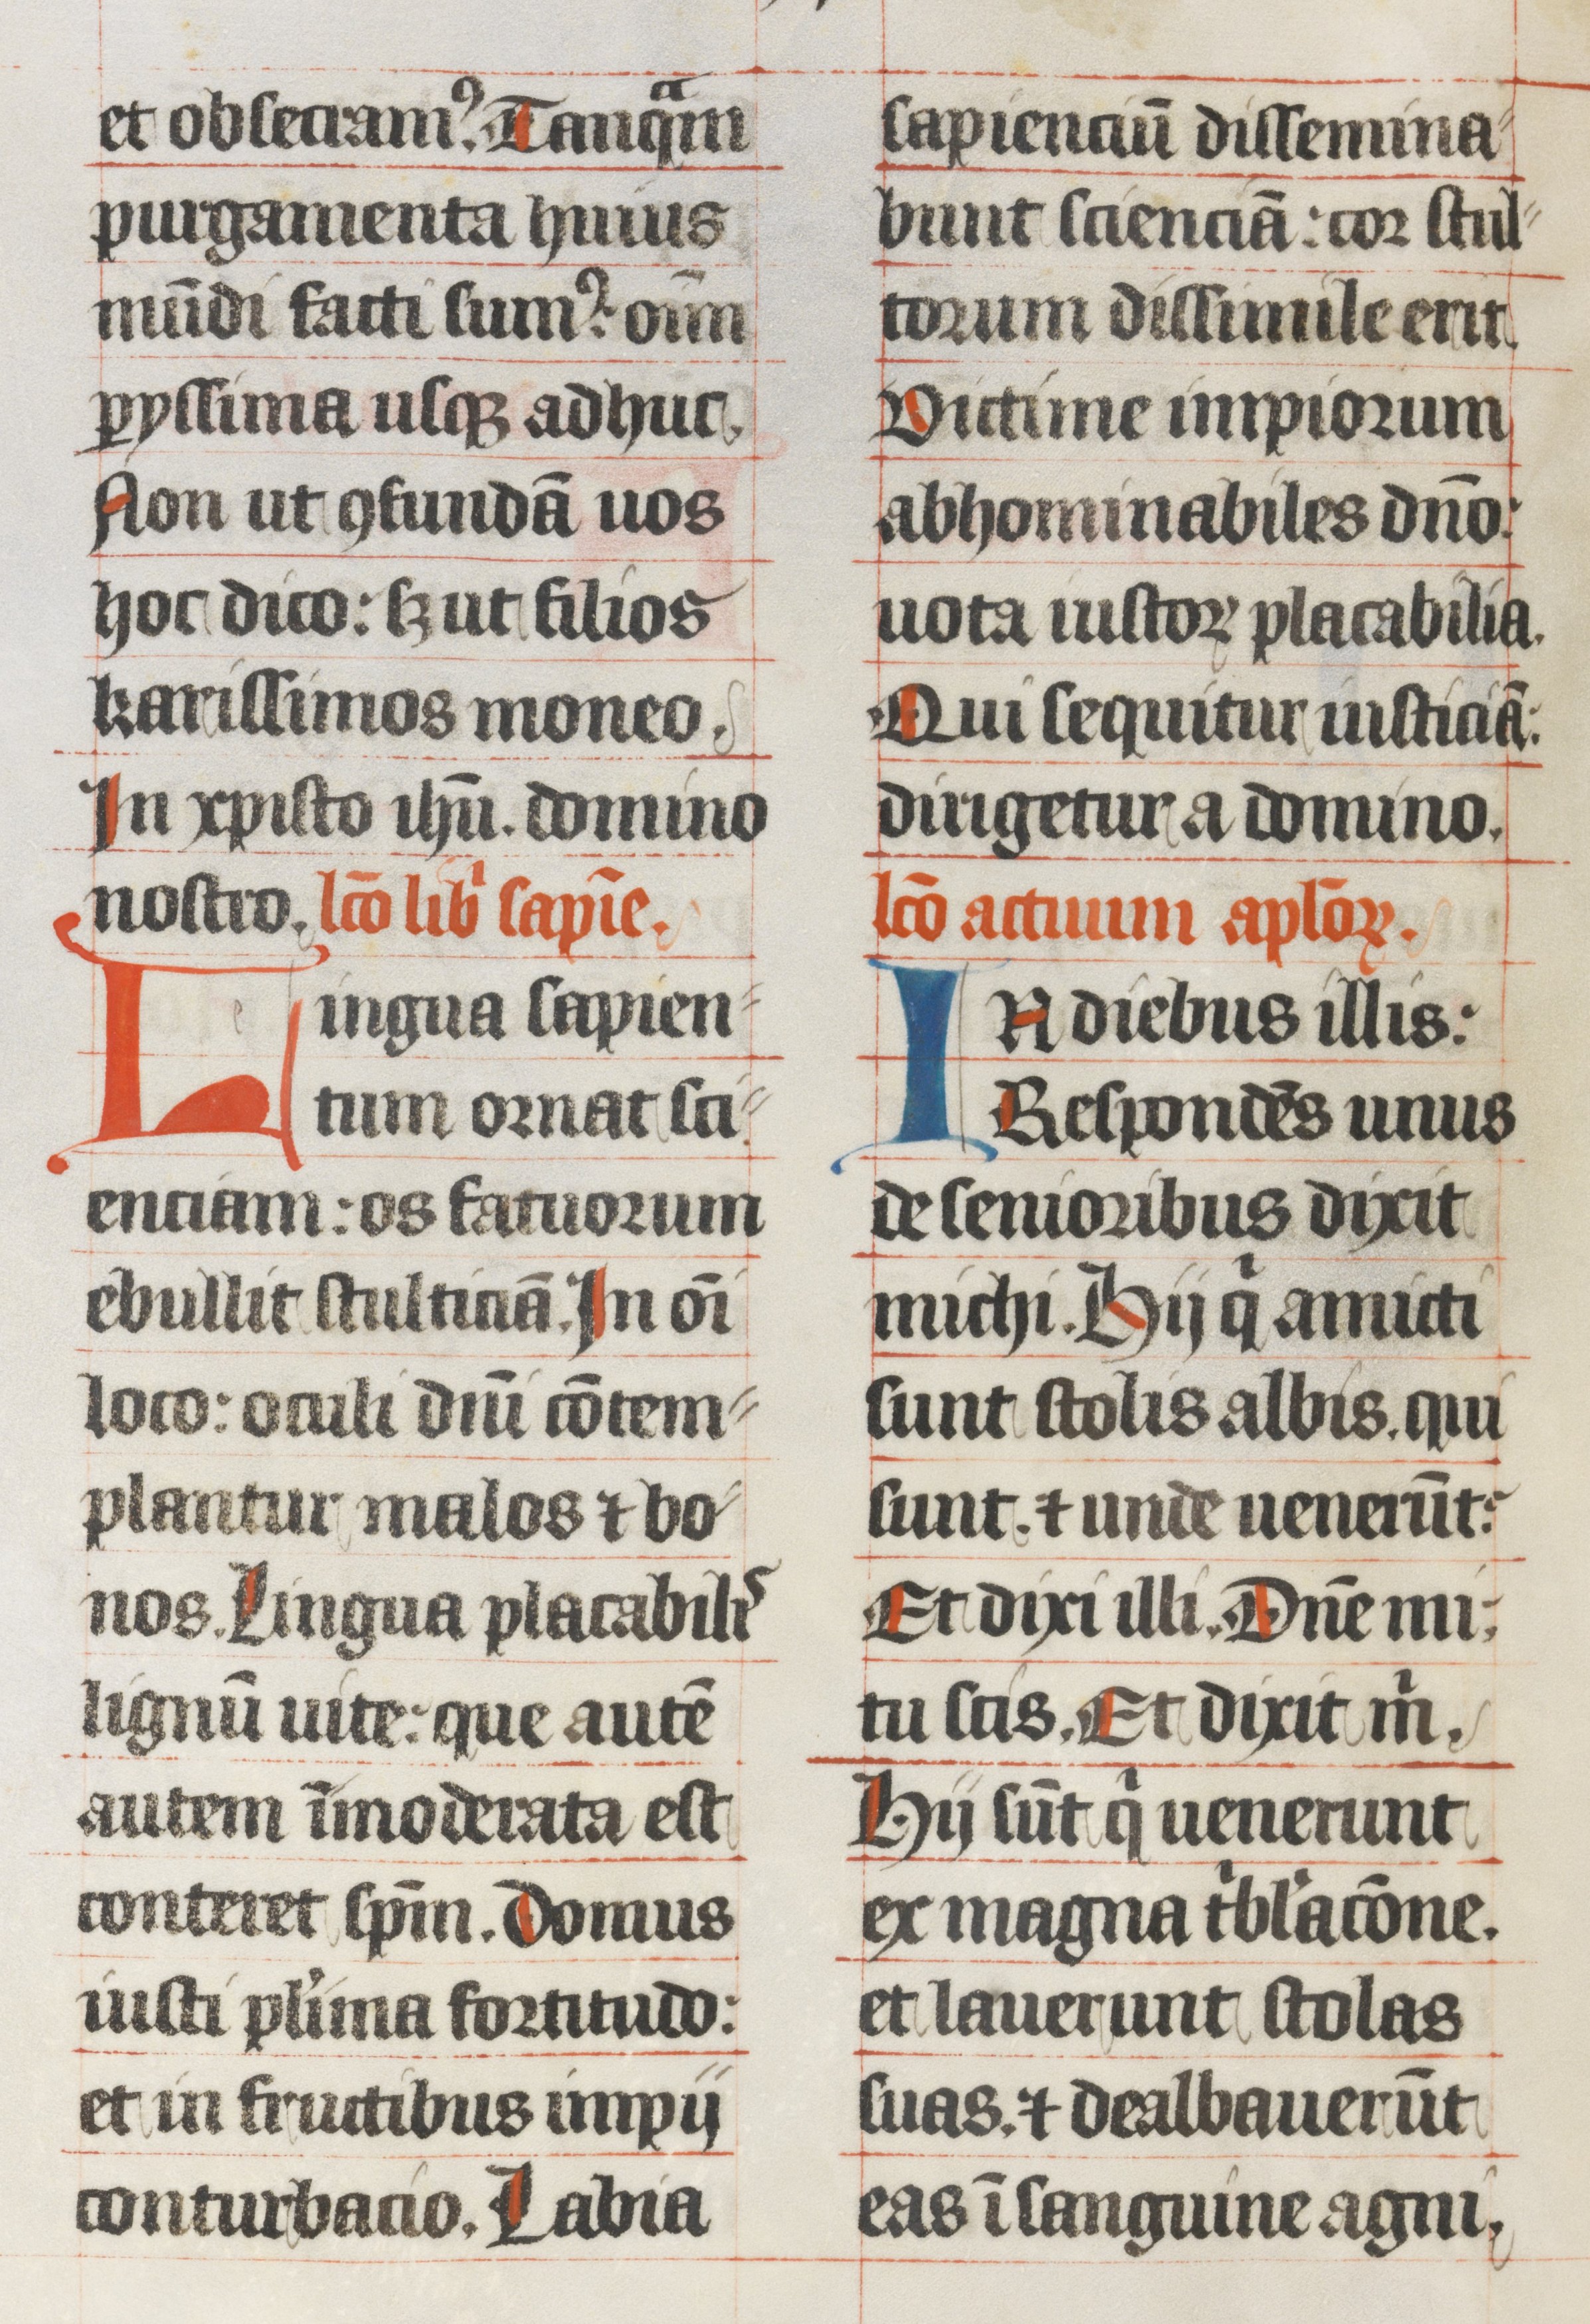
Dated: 1439–1439